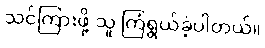
သင်ကြားဖို့ သူ ကြံရွယ်ခဲ့ပါတယ်။